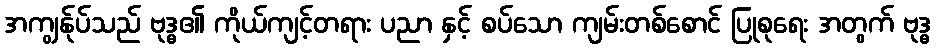
အကျွန်ုပ်သည် ဗုဒ္ဓ၏ ကိုယ်ကျင့်တရား ပညာ နှင့် စပ်သော ကျမ်းတစ်စောင် ပြုစုရေး အတွက် ဗုဒ္ဓ